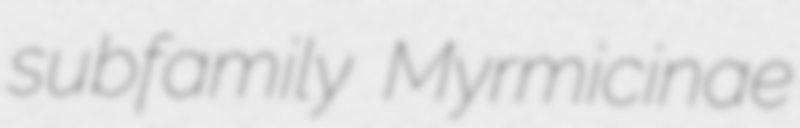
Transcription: subfamily Myrmicinae